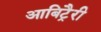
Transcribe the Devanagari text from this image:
आबिट्रैरी